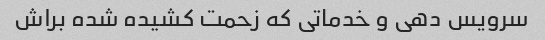
سرویس دهی و خدماتی که زحمت کشیده شده براش